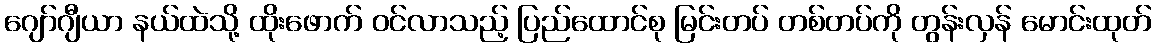
ဂျော်ဂျီယာ နယ်ထဲသို့ ထိုးဖောက် ဝင်လာသည့် ပြည်ထောင်စု မြင်းတပ် တစ်တပ်ကို တွန်းလှန် မောင်းထုတ်